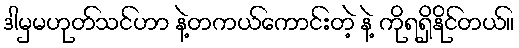
ဒါမှမဟုတ်သင်ဟာ နဲ့တကယ်ကောင်းတဲ့ နဲ့ ကိုရရှိနိုင်တယ်။